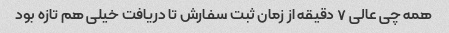
همه چی عالی ۷ دقیقه از زمان ثبت سفارش تا دریافت خیلی هم تازه بود